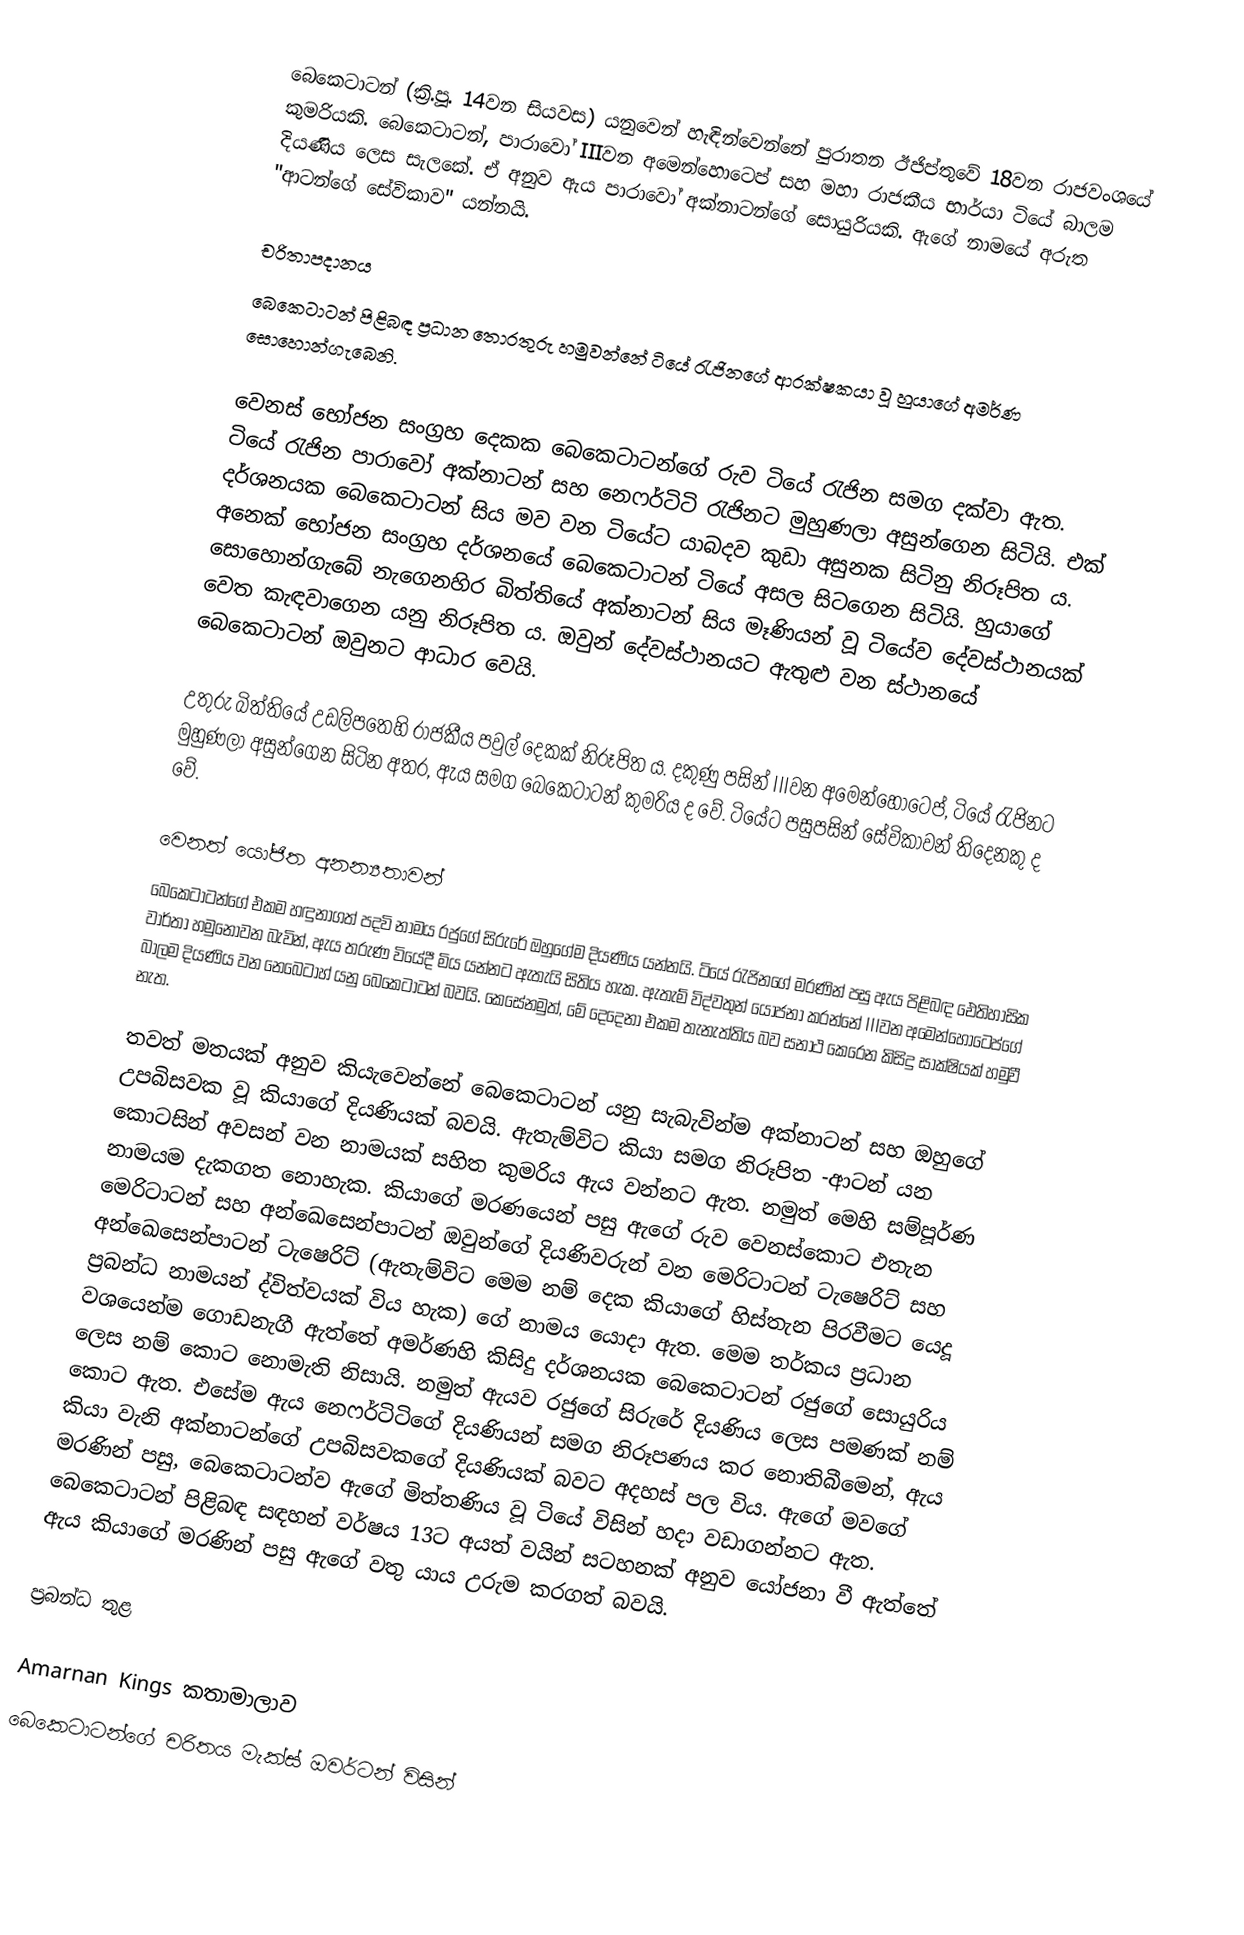
බෙකෙටාටන් (ක්‍රි.පූ. 14වන සියවස) යනුවෙන් හැඳින්වෙන්නේ පුරාතන ඊජිප්තුවේ 18වන රාජවංශයේ කුමරියකි. බෙකෙටාටන්, පාරාවෝ IIIවන අමෙන්හොටෙප් සහ මහා රාජකීය භාර්යා ටියේ බාලම දියණිය ලෙස සැලකේ. ඒ අනුව ඇය පාරාවෝ අක්නාටන්ගේ සොයුරියකි. ඇගේ නාමයේ අරුත "ආටන්ගේ සේවිකාව" යන්නයි.

චරිතාපදානය
බෙකෙටාටන් පිළිබඳ ප්‍රධාන තොරතුරු හමුවන්නේ ටියේ රැජිනගේ ආරක්ෂකයා වූ  හුයාගේ අමර්ණ සොහොන්ගැබෙනි.

වෙනස් භෝජන සංග්‍රහ දෙකක බෙකෙටාටන්ගේ රුව ටියේ රැජින සමග දක්වා ඇත. ටියේ රැජින පාරාවෝ අක්නාටන් සහ නෙෆර්ටිටි රැජිනට මුහුණලා අසුන්ගෙන සිටියි. එක් දර්ශනයක බෙකෙටාටන් සිය මව වන ටියේට යාබදව කුඩා අසුනක සිටිනු නිරූපිත ය. අනෙක් භෝජන සංග්‍රහ දර්ශනයේ බෙකෙටාටන් ටියේ අසල සිටගෙන සිටියි. හුයාගේ සොහොන්ගැබේ නැගෙනහිර බිත්තියේ අක්නාටන් සිය මෑණියන් වූ ටියේව දේවස්ථානයක් වෙත කැඳවාගෙන යනු නිරූපිත ය. ඔවුන් දේවස්ථානයට ඇතුළු වන ස්ථානයේ බෙකෙටාටන් ඔවුනට ආධාර වෙයි.

උතුරු බිත්තියේ උඩලිපතෙහි රාජකීය පවුල් දෙකක් නිරූපිත ය. දකුණු පසින් IIIවන අමෙන්හොටෙප්, ටියේ රැජිනට මුහුණලා අසුන්ගෙන සිටින අතර, ඇය සමග බෙකෙටාටන් කුමරිය ද වේ. ටියේට පසුපසින් සේවිකාවන් තිදෙනකු ද වේ.

වෙනත් යෝජිත අනන්‍යතාවන්
බෙකෙටාටන්ගේ එකම හඳුනාගත් පදවි නාමය රජුගේ සිරුරේ ඔහුගේම දියණිය යන්නයි. ටියේ රැජිනගේ මරණින් පසු ඇය පිළිබඳ ඓතිහාසික වාර්තා හමුනොවන බැවින්, ඇය තරුණ වියේදී මිය යන්නට ඇතැයි සිතිය හැක. ඇතැම් විද්වතුන් යෝජනා කරන්නේ IIIවන අමෙන්හොටෙප්ගේ බාලම දියණිය වන නෙබෙටාහ් යනු බෙකෙටාටන් බවයි. කෙසේනමුත්, මේ දෙදෙනා එකම තැනැත්තිය බව සනාථ කෙරෙන කිසිදු සාක්ෂියක් හමුවී නැත.

තවත් මතයක් අනුව කියැවෙන්නේ බෙකෙටාටන් යනු සැබැවින්ම අක්නාටන් සහ ඔහුගේ උපබිසවක වූ කියාගේ දියණියක් බවයි. ඇතැම්විට කියා සමග නිරූපිත -ආටන් යන කොටසින් අවසන් වන නාමයක් සහිත කුමරිය ඇය වන්නට ඇත. නමුත් මෙහි සම්පූර්ණ නාමයම දැකගත නොහැක. කියාගේ මරණයෙන් පසු ඇගේ රුව වෙනස්කොට එතැන මෙරිටාටන් සහ අන්ඛෙසෙන්පාටන් ඔවුන්ගේ දියණිවරුන් වන මෙරිටාටන් ටැෂෙරිට් සහ අන්ඛෙසෙන්පාටන් ටැෂෙරිට් (ඇතැම්විට මෙම නම් දෙක කියාගේ හිස්තැන පිරවීමට යෙදූ ප්‍රබන්ධ නාමයන් ද්විත්වයක් විය හැක) ගේ නාමය යොදා ඇත. මෙම තර්කය ප්‍රධාන වශයෙන්ම ගොඩනැගී ඇත්තේ අමර්ණහි කිසිදු දර්ශනයක බෙකෙටාටන් රජුගේ සොයුරිය ලෙස නම් කොට නොමැති නිසායි. නමුත් ඇයව රජුගේ සිරුරේ දියණිය ලෙස පමණක් නම් කොට ඇත. එසේම ඇය නෙෆර්ටිටිගේ දියණියන් සමග නිරූපණය කර නොතිබීමෙන්, ඇය කියා වැනි අක්නාටන්ගේ උපබිසවකගේ දියණියක් බවට අදහස් පල විය. ඇගේ මවගේ මරණින් පසු, බෙකෙටාටන්ව ඇගේ මිත්තණිය වූ ටියේ විසින් හදා වඩාගන්නට ඇත. බෙකෙටාටන් පිළිබඳ සඳහන් වර්ෂය 13ට අයත් වයින් සටහනක් අනුව යෝජනා වී ඇත්තේ ඇය කියාගේ මරණින් පසු ඇගේ වතු යාය උරුම කරගත් බවයි.

ප්‍රබන්ධ තුළ

Amarnan Kings කතාමාලාව
බෙකෙටාටන්ගේ චරිතය මැක්ස් ඔවර්ටන් විසින්